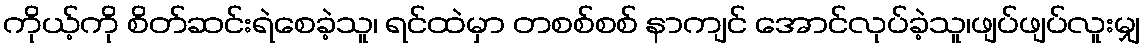
ကိုယ့်ကို စိတ်ဆင်းရဲစေခဲ့သူ၊ ရင်ထဲမှာ တစစ်စစ် နာကျင် အောင်လုပ်ခဲ့သူ၊ဖျပ်ဖျပ်လူးမျှ